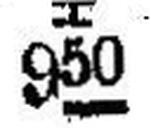
± 950